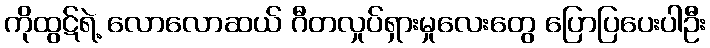
ကိုထွဋ်ရဲ့ လောလောဆယ် ဂီတလှုပ်ရှားမှုလေးတွေ ပြောပြပေးပါဦး